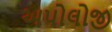
અપોલોજી